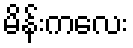
မိန်းကလေး